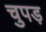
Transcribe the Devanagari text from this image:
चुपड़